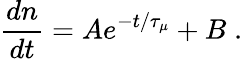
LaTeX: \frac{dn}{dt}=Ae^{-t/\tau_{\mu}}+B\; .